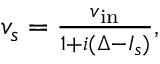
\begin{array} { r } { v _ { s } = \frac { v _ { \mathrm { i n } } } { 1 + i ( \Delta - I _ { s } ) } , } \end{array}